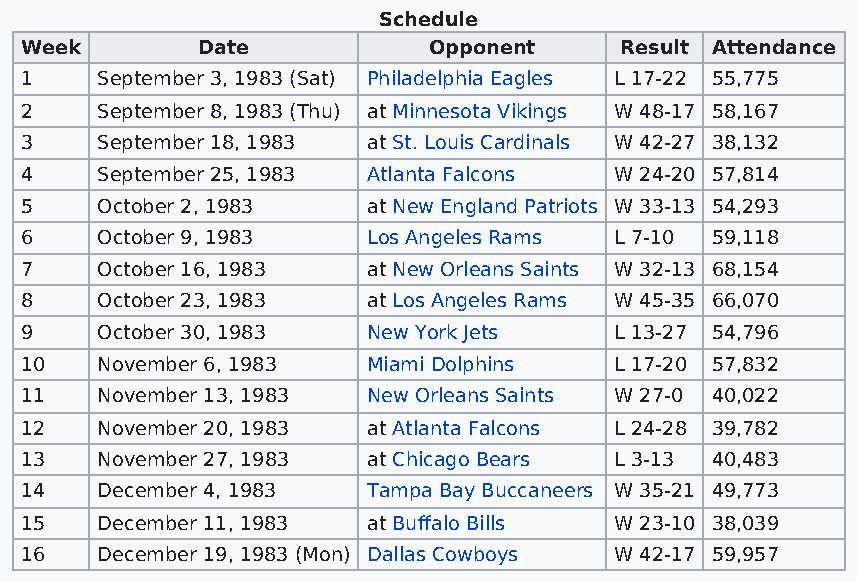
Schedule
 Week        Date           Opponent     Result Attendance
 1    September 3, 1983 (Sat) Philadelphia Eagles L 17-22 55,775
 2    September 8, 1983 (Thu) at Minnesota Vikings W 48-17 58,167
 3    September 18, 1983 at St. Louis Cardinals W 42-27 38,132
 4    September 25, 1983 Atlanta Falcons W 24-20 57,814
 5    October 2, 1983   at New England Patriots W 33-13 54,293
 6    October 9, 1983   Los Angeles Rams L 7-10 59,118
 7    October 16, 1983  at New Orleans Saints W 32-13 68,154
 8    October 23, 1983  at Los Angeles Rams W 45-35 66,070
 9    October 30, 1983  New York Jets    L 13-27 54,796
 10   November 6, 1983  Miami Dolphins   L 17-20 57,832
 11   November 13, 1983 New Orleans Saints W 27-0 40,022
 12   November 20, 1983 at Atlanta Falcons L 24-28 39,782
 13   November 27, 1983 at Chicago Bears L 3-13 40,483
 14   December 4, 1983  Tampa Bay Buccaneers W 35-21 49,773
 15   December 11, 1983 at Buffalo Bills W 23-10 38,039
 16   December 19, 1983 (Mon) Dallas Cowboys W 42-17 59,957